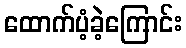
ထောက်ပံ့ခဲ့ကြောင်း